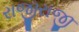
રાજીરાજી